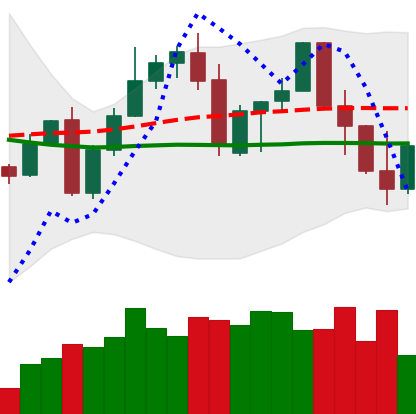
Ticker: LINK-USD
Chart end date: 2022-09-22
Forward return: 13.429%
Label: up_7plus